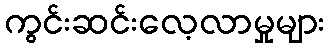
ကွင်းဆင်းလေ့လာမှုများ